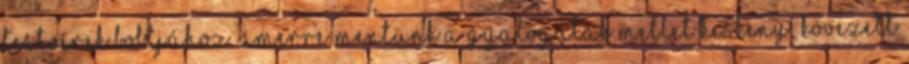
testvérek boltjához. Amerre mentünk a gyalogutak mellet keskeny, kövezett